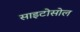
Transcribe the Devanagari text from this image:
साइटोसोल